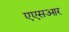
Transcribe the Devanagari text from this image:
एएसआर